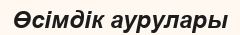
Өсімдік аурулары